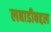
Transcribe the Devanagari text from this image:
लबाडीबद्दल